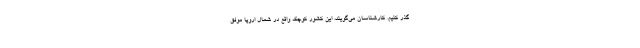
گذر کنیم. کارشناسان می‌گویند، این کشور کوچک واقع در شمال اروپا موفق